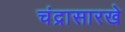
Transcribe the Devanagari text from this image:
चंद्रासारखे